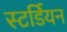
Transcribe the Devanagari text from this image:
स्टर्डियन